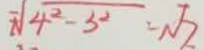
\sqrt { 4 ^ { 2 } - 3 ^ { 2 } } = \sqrt { 2 }